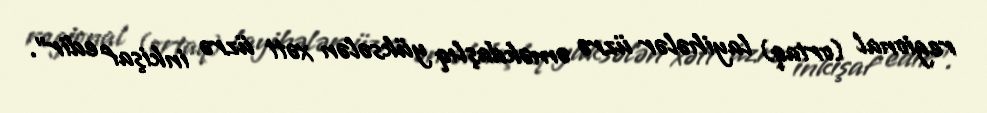
regional (ortaq) layihələr üzrə əməkdaşlıq yüksələn xətt üzrə inkişaf edir”.